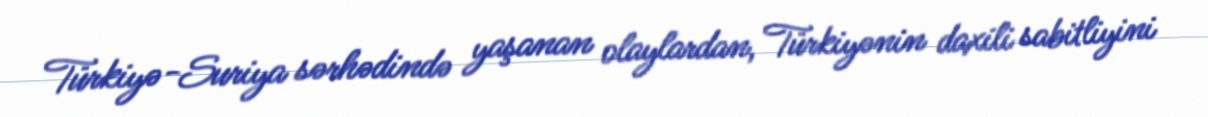
Türkiyə-Suriya sərhədində yaşanan olaylardan, Türkiyənin daxili sabitliyini